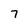
Character: 7